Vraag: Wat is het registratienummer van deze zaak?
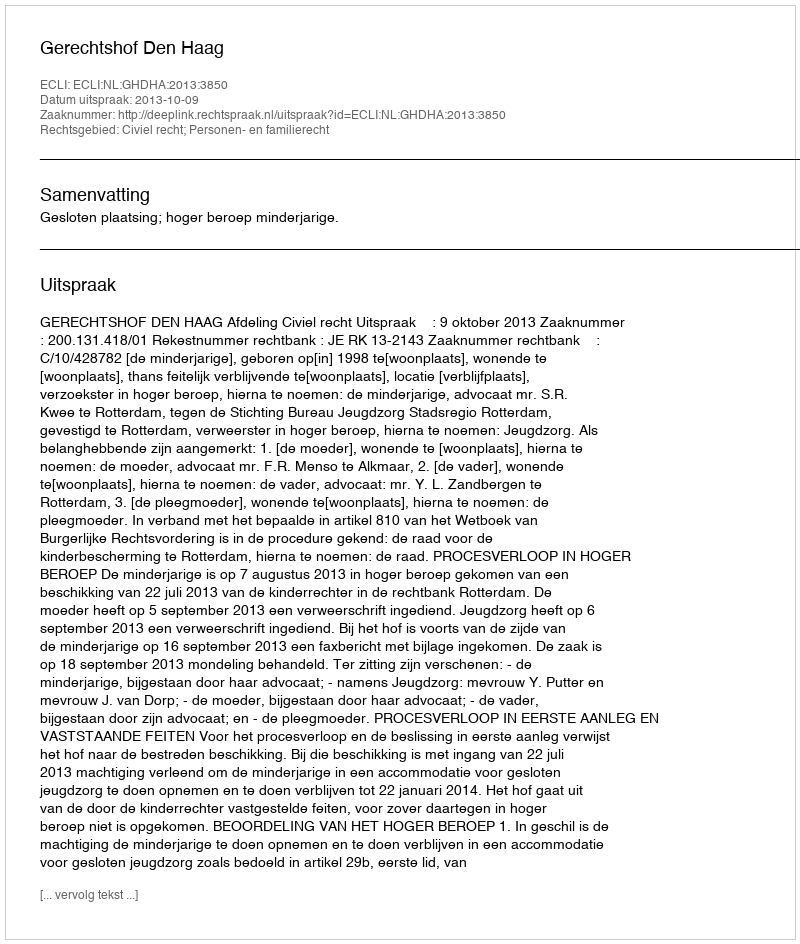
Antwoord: http://deeplink.rechtspraak.nl/uitspraak?id=ECLI:NL:GHDHA:2013:3850